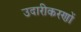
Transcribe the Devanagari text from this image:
उदारीकरणों